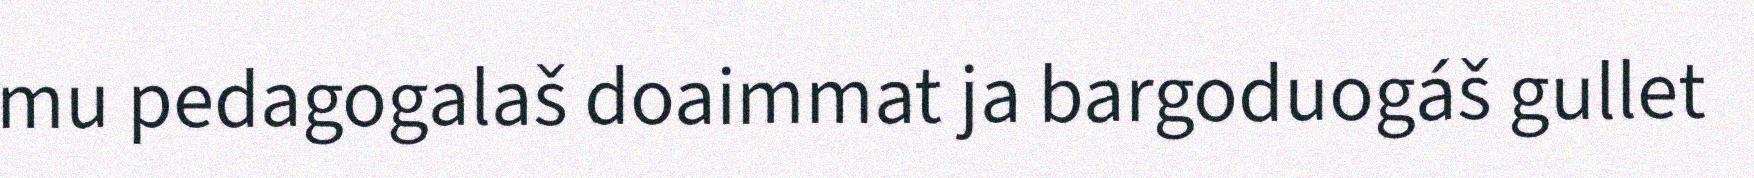
mu pedagogalaš doaimmat ja bargoduogáš gullet